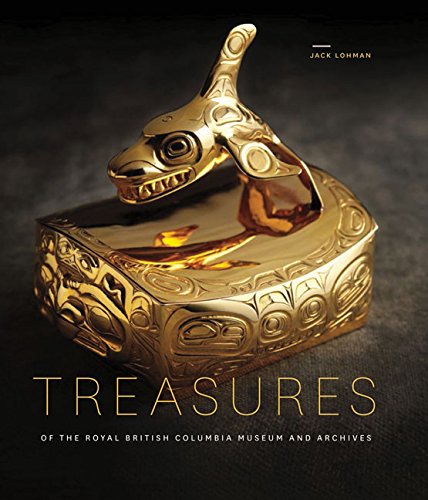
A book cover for Treasures of the Royal British Columbia Museum and Archives; Jack Lohman (compiled by); Crafts, Hobbies & Home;